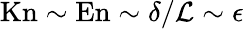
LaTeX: \mathrm{Kn}\sim\mathrm{En}\sim\delta/\mathcal{L}\sim\epsilon